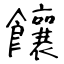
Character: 饟